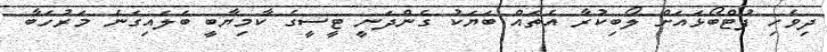
ދިވެހި ފުޓްބޯޅައަށް ލޯބިކުރާ އެތައް ބަޔަކު ގެންދަނީ ޓީސީގެ ކާމިޔާބީ ބަލައިގަނެ މަރުހަބާ